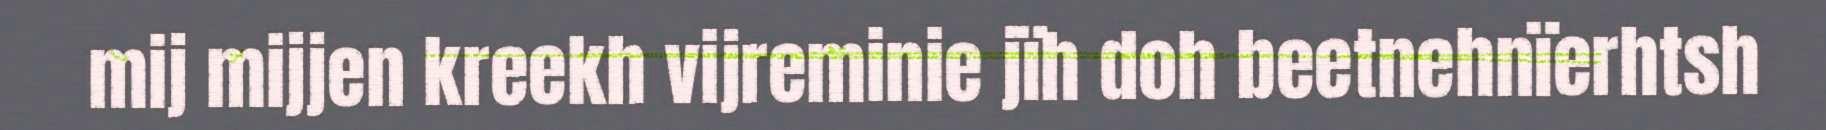
mij mijjen kreekh vijreminie jïh doh beetnehnïerhtsh